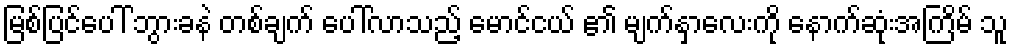
မြစ်ပြင်ပေါ် ဘွားခနဲ တစ်ချက် ပေါ်လာသည့် မောင်ငယ် ၏ မျက်နှာလေးကို နောက်ဆုံးအကြိမ် သူ